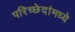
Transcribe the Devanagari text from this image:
परिच्छेदांमध्ये